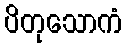
ပိတုသောကံ